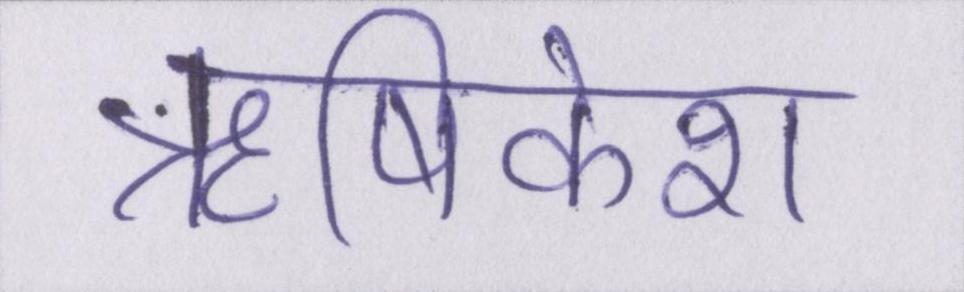
ॠषिकेश